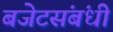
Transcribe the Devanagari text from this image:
बजेटसंबंधी